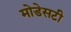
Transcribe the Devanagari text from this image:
मोडेसटी